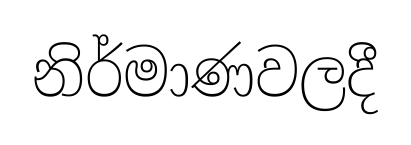
නිර්මාණවලදී